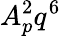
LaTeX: A_{p}^{2}q^{6}